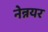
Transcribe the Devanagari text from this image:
नेन्नयर